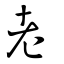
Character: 老